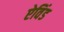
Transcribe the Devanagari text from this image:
ऐविंड